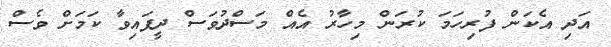
އަދި އެކަން ފުރިހަމަ ކުރަން މިހާރު އެއް މަސްދުވަސް ދީފައިވާ ކަމަށް ވެސް